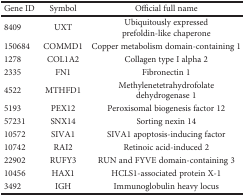
| Gene ID | Symbol | Official full name |
 | --- | --- | --- |
 | 8409 | UXT | Ubiquitously expressed prefoldin-like chaperone |
 | 150684 | COMMD1 | Copper metabolism domain-containing 1 |
 | 1278 | COL1A2 | Collagen type I alpha 2 |
 | 2335 | FN1 | Fibronectin 1 |
 | 4522 | MTHFD1 | Methylenetetrahydrofolate dehydrogenase 1 |
 | 5193 | PEX12 | Peroxisomal biogenesis factor 12 |
 | 57231 | SNX14 | Sorting nexin 14 |
 | 10572 | SIVA1 | SIVA1 apoptosis-inducing factor |
 | 10742 | RAI2 | Retinoic acid-induced 2 |
 | 22902 | RUFY3 | RUN and FYVE domain-containing 3 |
 | 10456 | HAX1 | HCLS1-associated protein X-1 |
 | 3492 | IGH | Immunoglobulin heavy locus |